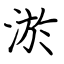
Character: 淤